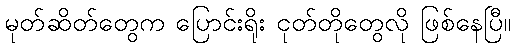
မုတ်ဆိတ်တွေက ပြောင်းရိုး ငုတ်တိုတွေလို ဖြစ်နေပြီ။